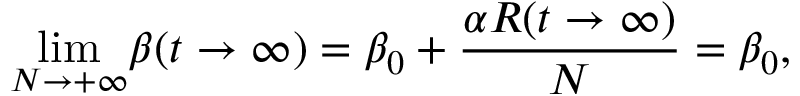
{ \operatorname* { l i m } _ { N \to + \infty } } \beta ( t \rightarrow \infty ) = \beta _ { 0 } + \frac { \alpha R ( t \rightarrow \infty ) } { N } = \beta _ { 0 } ,